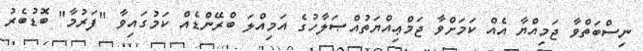
ނިސްބަތްވާ ޖަމިއްޔާ އެއް ކަމަށްވާ ޖަމްޢިއްޔަތުއްޞަލާހުގެ އަމިއްލަ ބްރޭންޑެއް ކަމުގައިވާ "ފަރުމާ" ބޮޑުބެރު